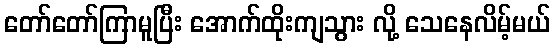
တော်တော်ကြာမူပြီး အောက်ထိုးကျသွား လို့ သေနေလိမ့်မယ်